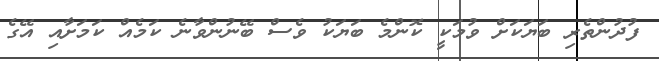
ފުދުންތެރި ބަޔަކަށް ވުމަކީ ކޮންމެ ބަޔަކު ވެސް ބޭނުންވާނެ ކަމެއް ކަމަށާއި އޭގެ